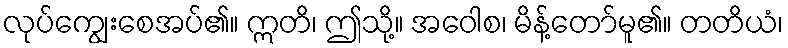
လုပ်ကျွေးစေအပ်၏။ ဣတိ၊ ဤသို့။ အဝေါစ၊ မိန့်တော်မူ၏။ တတိယံ၊